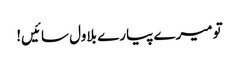
تو میرے پیارے بلاول سائیں!